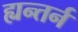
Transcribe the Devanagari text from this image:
ह्यन्तर्न